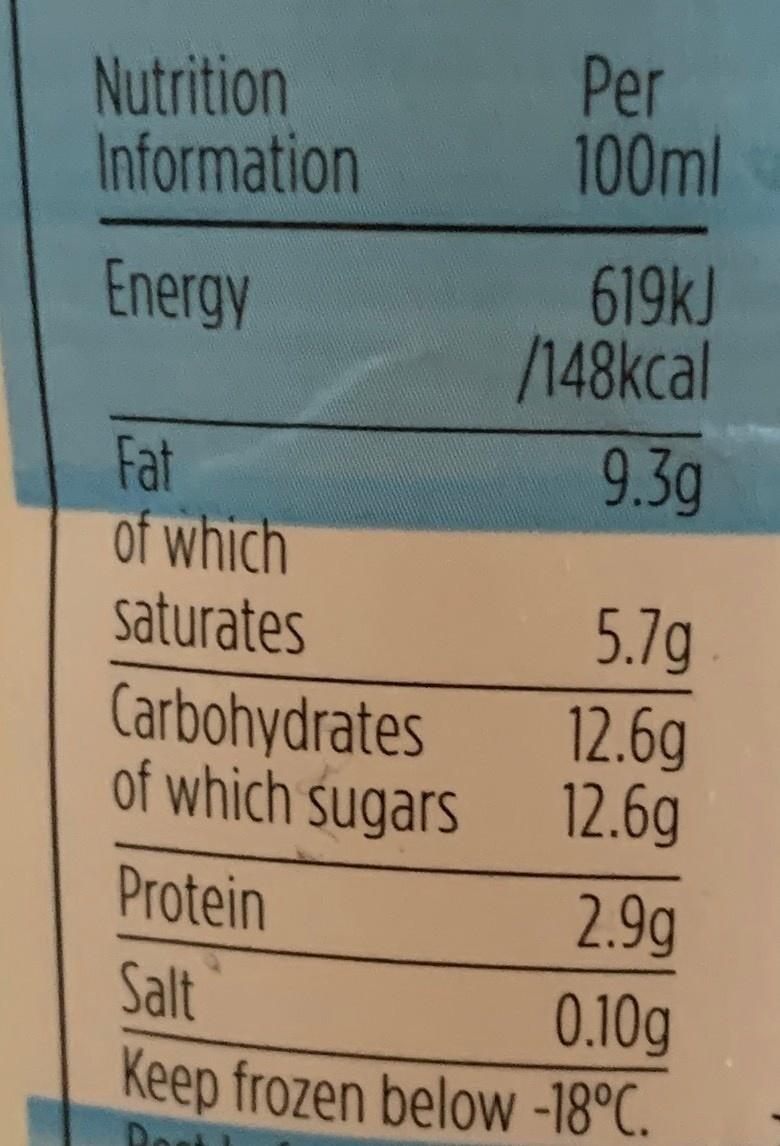
Nutrition Information Per 100ml 619KJ /148kcal Energy 9.3g Fat of which saturates 5.7g Carbohydrates of which sugars 12.6g 12.6g Protein 2.9g Salt 0.10g Keep frozen below -18°C.